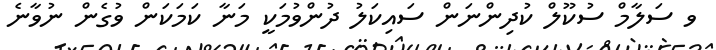
ވ ސަލާމް ސުކޫލް ކުދިންނަން ސައިކަލު ދުންވުމަކީ މަނާ ކަމަކަން ވުގެން ނުވާނެ